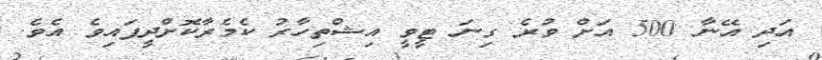
އަދި އޭނާ 500 އަށް ވުރެ ގިނަ ޓީވީ އިޝްތިހާރު ކެމެރާކޮށްދީފައިވެ އެވެ.